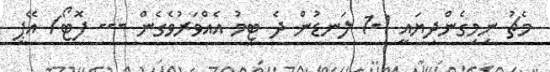
މެޗު ނިމިގެންދިޔައީ 1-1 ލަނޑުން ދެ ޓީމު އެއްވަރުވެގެން --- ފޮޓޯ/ އޭޕީ